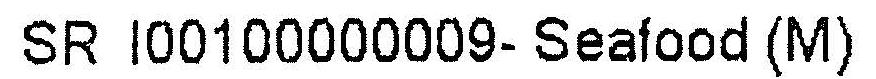
SR I00100000009- SEAFOOD (M)